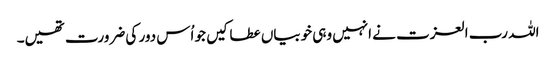
اللہ رب العزت نے انہیں وہی خوبیاں عطا کیں جو اُس دور کی ضرورت تھیں۔